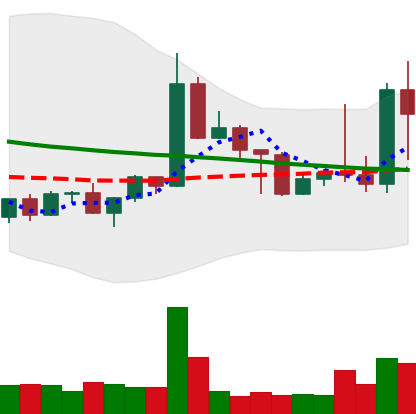
Ticker: TRX-USD
Chart end date: 2022-05-02
Forward return: 21.044%
Label: up_7plus